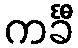
ကင်္ခီ